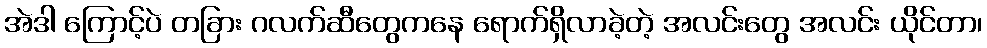
အဲဒါ ကြောင့်ပဲ တခြား ဂလက်ဆီတွေကနေ ရောက်ရှိလာခဲ့တဲ့ အလင်းတွေ အလင်း ယိုင်တာ၊